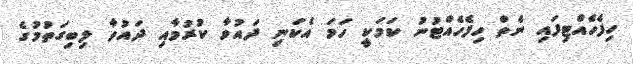
ހިފެހެއްޓިފައި ނެތް ހިފެހެއްޓުނު ކަމަކީ ހަމަ އެކަނި ދައުވާ ކުރުމާއި ދައުވާ ލިބިގަތުމުގެ